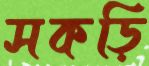
সকড়ি